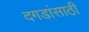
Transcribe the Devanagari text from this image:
दगडांसाठी